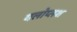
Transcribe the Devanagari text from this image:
यलोप्लश